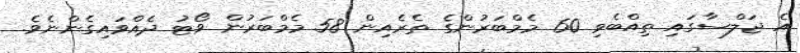
އެ ޖަލްސާގައި ތިއްބެވި 60 މެމްބަރުންގެ ތެރެއިން 58 މެމްބަރުން ވޯޓު ދެއްވައިގެންނެވެ.